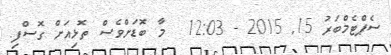
ސެޕްޓެމްބަރު 15